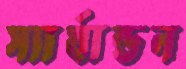
স্যার্যান্ডন